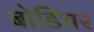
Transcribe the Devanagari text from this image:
बोडियर